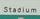
stadium